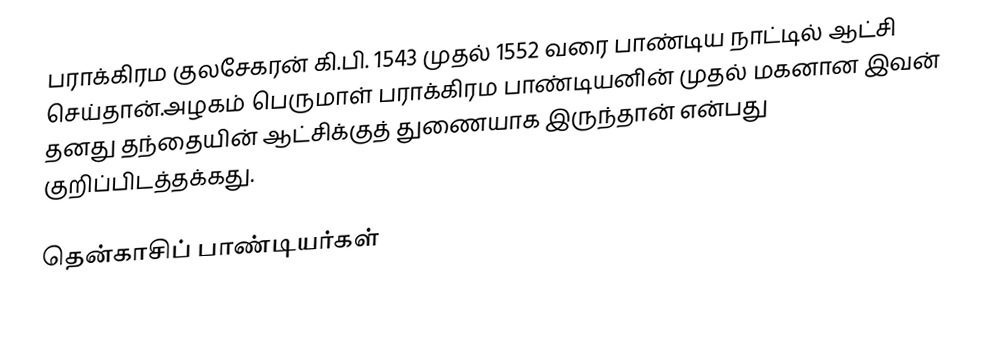
பராக்கிரம குலசேகரன் கி.பி. 1543 முதல் 1552 வரை பாண்டிய நாட்டில் ஆட்சி செய்தான்.அழகம் பெருமாள் பராக்கிரம பாண்டியனின் முதல் மகனான இவன் தனது தந்தையின் ஆட்சிக்குத் துணையாக இருந்தான் என்பது குறிப்பிடத்தக்கது.

தென்காசிப் பாண்டியர்கள்